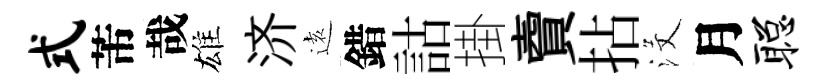
式芾哉雄济逺錯詁掛𧶠拈沒月聪